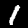
Label: 1